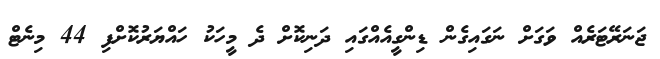
ޖަނަރޭޓަރެއް ވަގަށް ނަގައިގެން ޑިންގީއެއްގައި ދަނިކޮށް ދެ މީހަކު ހައްޔަރުކޮށްފި 44 މިނެޓް